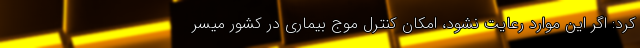
کرد: اگر این موارد رعایت نشود، امکان کنترل موج بیماری در کشور میسر